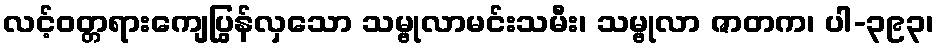
လင့်ဝတ္တရားကျေပြွန်လှသော သမ္ဗုလာမင်းသမီး၊ သမ္ဗုလာ ဇာတက၊ ပါ-၃၉၃၊